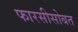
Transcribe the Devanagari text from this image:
फारसीसोबत